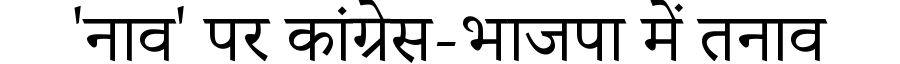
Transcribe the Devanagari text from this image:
'नाव' पर कांग्रेस-भाजपा में तनाव